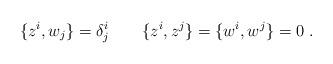
LaTeX: \begin{align*}\{z^i,w_j\}=\delta ^i_j\qquad \{z^i,z^j\}=\{w^i,w^j\}=0\ .\end{align*}